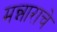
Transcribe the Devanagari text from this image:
मन्नाराचे